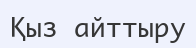
Қыз айттыру